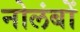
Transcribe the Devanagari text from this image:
नोलंबों